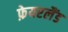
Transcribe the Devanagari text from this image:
फ़ेयरलैंड